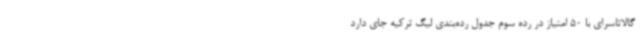
گالاتاسرای با 50 امتیاز در رده سوم جدول رده‌بندی لیگ ترکیه جای دارد